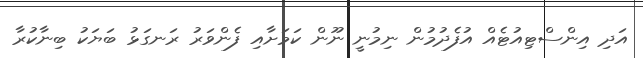
އަދި އިންސްޓިއުޓެއް އުފެދުމުން ނިމުނީ ނޫން ކަމަށާއި ފެންވަރު ރަނގަޅު ބަޔަކު ބިނާކުރާ